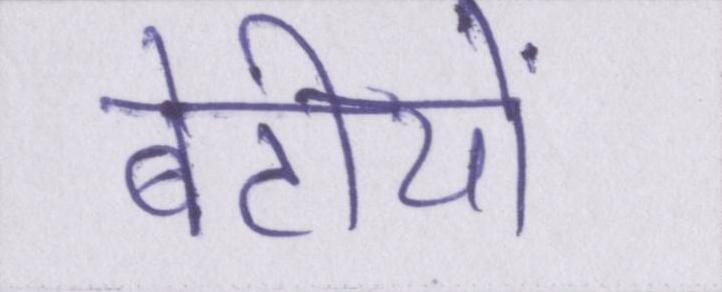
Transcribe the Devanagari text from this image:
बेटीयों